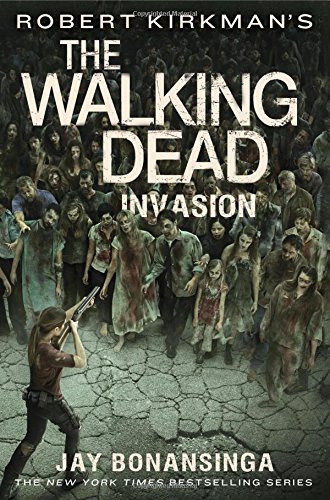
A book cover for Robert Kirkman's The Walking Dead: Invasion (The Walking Dead Series); Jay Bonansinga; Mystery, Thriller & Suspense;